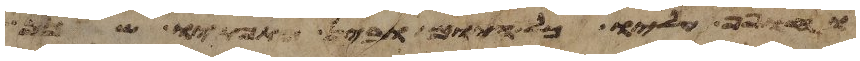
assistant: וילך שפי וימצא מלאך אלהים את בלעם ויאמר אליו את